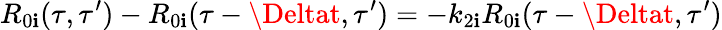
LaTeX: R_{0\mathbf{i}}(\tau,\tau^{\prime})-R_{0\mathbf{i}}(\tau-\Deltat,\tau^{\prime})=-k_{2\mathbf{i}}R_{0\mathbf{i}}(\tau-\Deltat,\tau^{\prime})